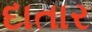
દાતાર